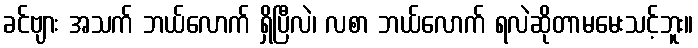
ခင်ဗျား အသက် ဘယ်လောက် ရှိပြီလဲ၊ လစာ ဘယ်လောက် ရလဲဆိုတာမမေးသင့်ဘူး။